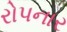
રોપનાર